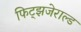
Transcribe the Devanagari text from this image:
फिट्झजेराल्ड